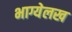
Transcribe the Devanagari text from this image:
भाग्येलख